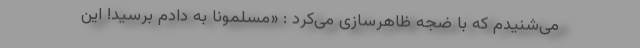
می‌شنیدم که با ضجه ظاهرسازی می‌کرد : «مسلمونا به دادم برسید! این